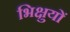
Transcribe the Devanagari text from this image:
भिक्षुयों